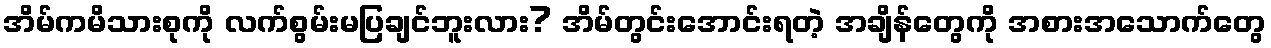
အိမ်ကမိသားစုကို လက်စွမ်းမပြချင်ဘူးလား? အိမ်တွင်းအောင်းရတဲ့ အချိန်တွေကို အစားအသောက်တွေ